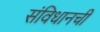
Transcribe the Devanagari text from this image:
संविधानची